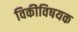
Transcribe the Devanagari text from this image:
विकीविषयक